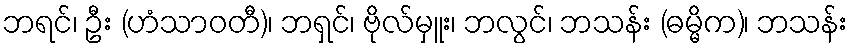
ဘရင်၊ ဦး (ဟံသာဝတီ)၊ ဘရှင်၊ ဗိုလ်မှူး၊ ဘလွင်၊ ဘသန်း (ဓမ္မိက)၊ ဘသန်း